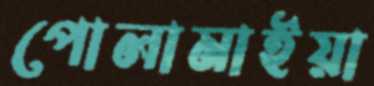
পোলামাইয়া